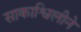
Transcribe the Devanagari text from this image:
साकाश्विलीने